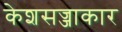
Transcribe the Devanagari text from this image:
केशसज्जाकार